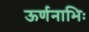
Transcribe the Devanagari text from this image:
ऊर्णनाभिः